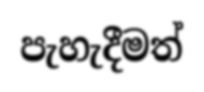
පැහැදීමත්